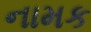
નામક